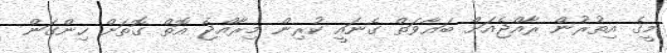
މީގެ އިތުރުން ރާއްޖެއަށް ބަޣާވަތް ގެނައީ ކުރިން މިރާއްޖެ އޮތް ގޮތަށް ހިންގަން